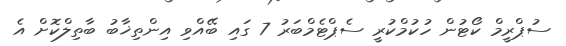
ސުޕްރީމް ކޯޓުން ހުކުމްކުރީ ސެޕްޓެމްބަރު 7 ގައި ބޭއްވި އިންތިޚާބު ބާތިލްކޮށް އެ